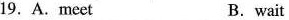
19. A.meet B. wait